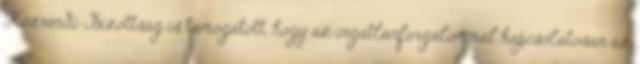
Közrendi Bizottság is támogatott, hogy az ingatlanforgalommal kapcsolatosan az